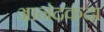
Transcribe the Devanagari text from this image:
आनंदकंदा